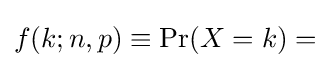
{\textstyle f(k;n,p)\equiv \Pr(X=k)=}